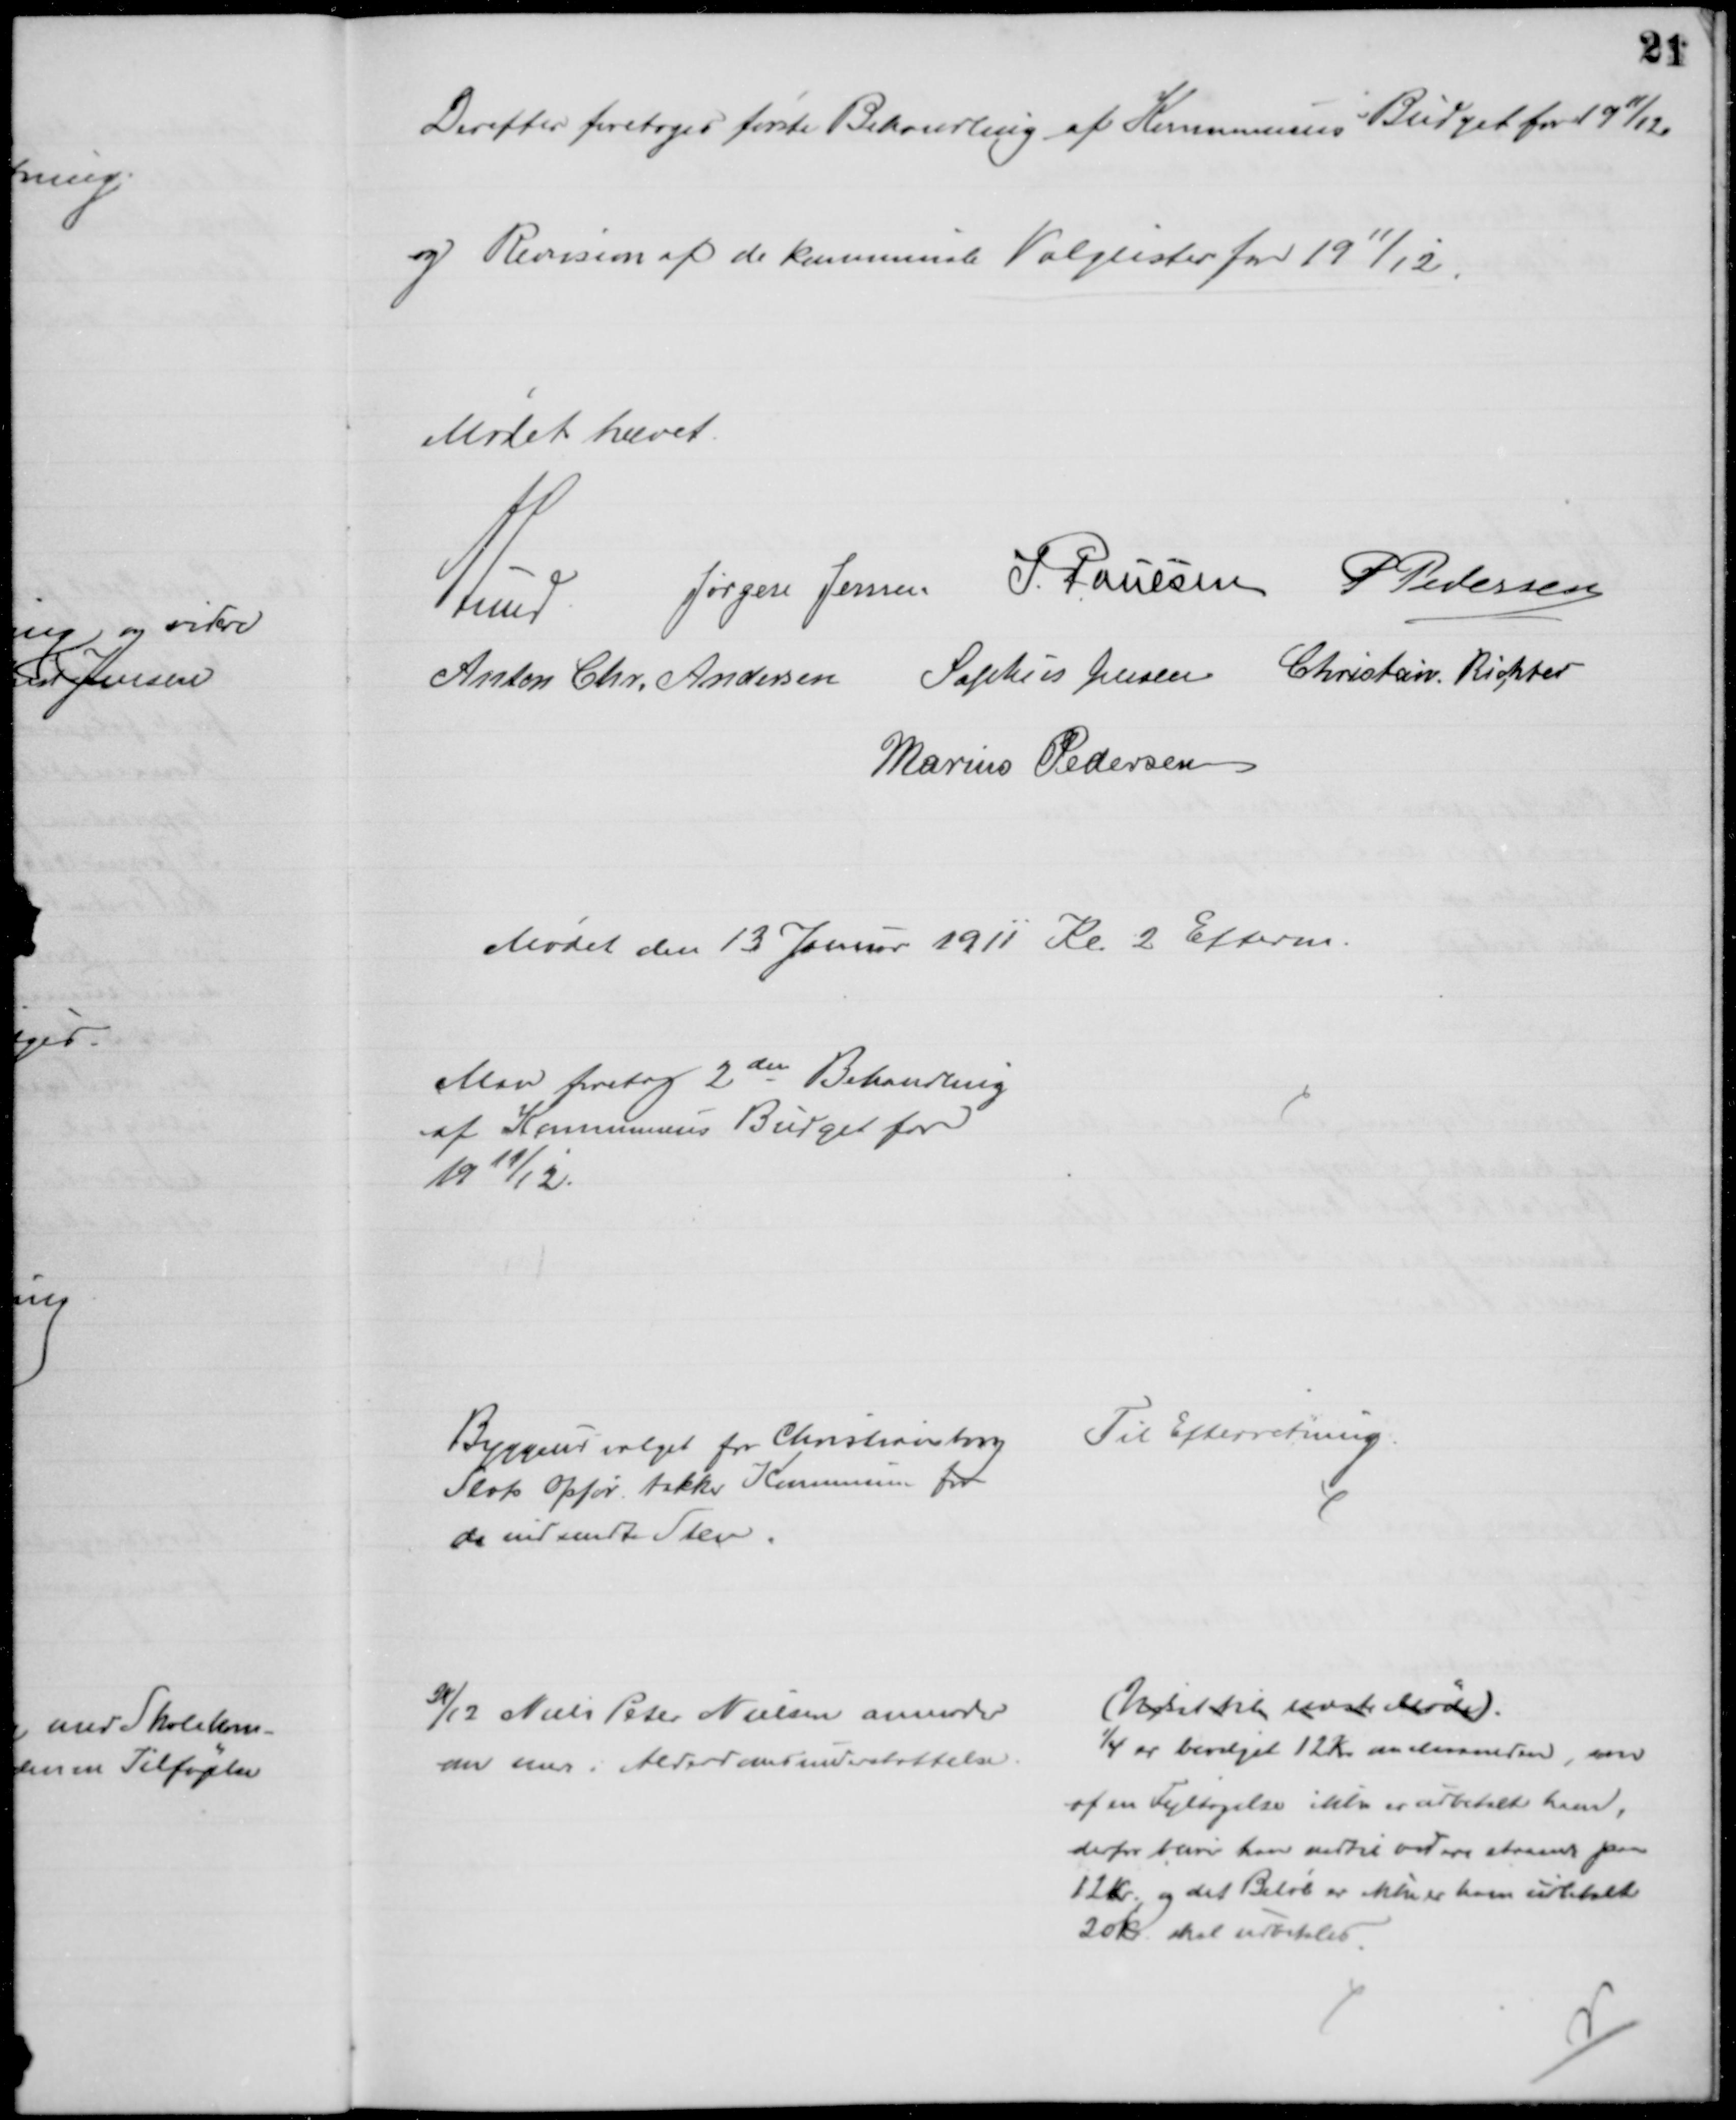
Transskription:
Derefter foretoges første Behandling af Kommunens Budget for 1911/12
og Revision af de kommende Valglister for 1911/12.
Mødet hævet.
A Lund
Jørgen Jensen J. Poulsen P Pedersen
Anton Chr. Andersen Sophus Jensen Christian Richter
Marius Pedersen
Mødet den 13 Januar 1911 Kl. 2 Efterm.
Man foretog 2den Behandling
af Kommunens Budget for
1911/12.
Byggeudvalget for Christiansborg
Slots Opfør takker Kommunen for
de indsendte Sten
Til Efterretning.
28/12 Niels Peter Nielsen anmoder
om mer i Alderdomsunderstøttelse.
Udsat til næste Møde.
1/4 er bevilget 12 Kr. Maaneden, som
af en Fejltagelse ikke er udbetalt ham.
derfor bliver han indtil videre staaende paa
12 kr. og det Beløb er ikke er ham udbetalt
20 kr. skal udbetales.